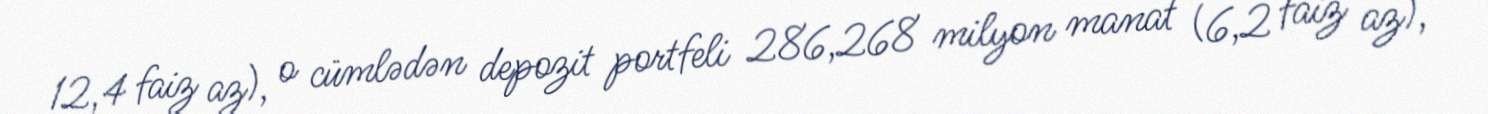
12,4 faiz az), o cümlədən depozit portfeli 286,268 milyon manat (6,2 faiz az),